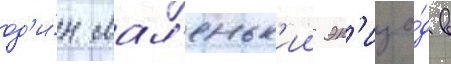
од'и́н мал'еньк'ии эп'изо́д в